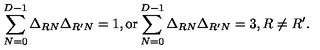
\sum _ { N = 0 } ^ { D - 1 } \Delta _ { R N } \Delta _ { R ^ { \prime } N } = 1 , \mathrm { o r } \sum _ { N = 0 } ^ { D - 1 } \Delta _ { R N } \Delta _ { R ^ { \prime } N } = 3 , R \not = R ^ { \prime } .